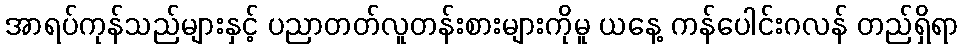
အာရပ်ကုန်သည်များနှင့် ပညာတတ်လူတန်းစားများကိုမူ ယနေ့ ကန်ပေါင်းဂလန် တည်ရှိရာ